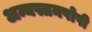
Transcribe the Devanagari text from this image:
अन्यस्तनपोषी